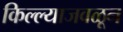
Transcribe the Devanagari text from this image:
किल्ल्याजवळून